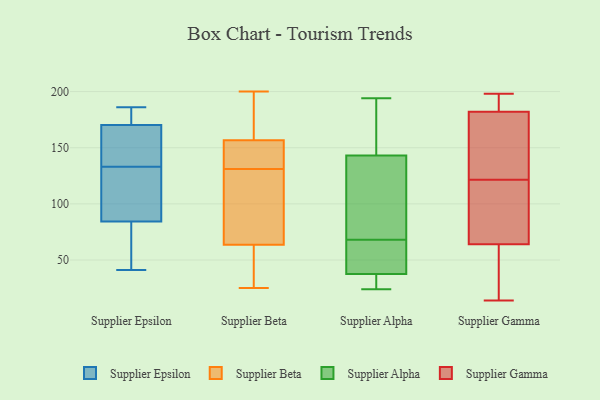
{"axis": {"x": "Net Income (USD K)", "y": "Value"}, "legend": ["Supplier Alpha", "Supplier Beta", "Supplier Epsilon", "Supplier Gamma"], "data": [{"x": "", "y": 115, "type": "Supplier Epsilon"}, {"x": "", "y": 85, "type": "Supplier Epsilon"}, {"x": "", "y": 146, "type": "Supplier Epsilon"}, {"x": "", "y": 140, "type": "Supplier Epsilon"}, {"x": "", "y": 186, "type": "Supplier Epsilon"}, {"x": "", "y": 171, "type": "Supplier Epsilon"}, {"x": "", "y": 133, "type": "Supplier Epsilon"}, {"x": "", "y": 67, "type": "Supplier Epsilon"}, {"x": "", "y": 82, "type": "Supplier Epsilon"}, {"x": "", "y": 133, "type": "Supplier Epsilon"}, {"x": "", "y": 185, "type": "Supplier Epsilon"}, {"x": "", "y": 170, "type": "Supplier Epsilon"}, {"x": "", "y": 41, "type": "Supplier Epsilon"}, {"x": "", "y": 188, "type": "Supplier Beta"}, {"x": "", "y": 129, "type": "Supplier Beta"}, {"x": "", "y": 200, "type": "Supplier Beta"}, {"x": "", "y": 65, "type": "Supplier Beta"}, {"x": "", "y": 44, "type": "Supplier Beta"}, {"x": "", "y": 66, "type": "Supplier Beta"}, {"x": "", "y": 136, "type": "Supplier Beta"}, {"x": "", "y": 131, "type": "Supplier Beta"}, {"x": "", "y": 176, "type": "Supplier Beta"}, {"x": "", "y": 30, "type": "Supplier Beta"}, {"x": "", "y": 131, "type": "Supplier Beta"}, {"x": "", "y": 141, "type": "Supplier Beta"}, {"x": "", "y": 63, "type": "Supplier Beta"}, {"x": "", "y": 25, "type": "Supplier Beta"}, {"x": "", "y": 139, "type": "Supplier Beta"}, {"x": "", "y": 58, "type": "Supplier Beta"}, {"x": "", "y": 162, "type": "Supplier Beta"}, {"x": "", "y": 181, "type": "Supplier Beta"}, {"x": "", "y": 141, "type": "Supplier Beta"}, {"x": "", "y": 24, "type": "Supplier Alpha"}, {"x": "", "y": 142, "type": "Supplier Alpha"}, {"x": "", "y": 103, "type": "Supplier Alpha"}, {"x": "", "y": 68, "type": "Supplier Alpha"}, {"x": "", "y": 39, "type": "Supplier Alpha"}, {"x": "", "y": 194, "type": "Supplier Alpha"}, {"x": "", "y": 146, "type": "Supplier Alpha"}, {"x": "", "y": 55, "type": "Supplier Alpha"}, {"x": "", "y": 177, "type": "Supplier Alpha"}, {"x": "", "y": 153, "type": "Supplier Alpha"}, {"x": "", "y": 60, "type": "Supplier Alpha"}, {"x": "", "y": 33, "type": "Supplier Alpha"}, {"x": "", "y": 31, "type": "Supplier Alpha"}, {"x": "", "y": 55, "type": "Supplier Alpha"}, {"x": "", "y": 106, "type": "Supplier Alpha"}, {"x": "", "y": 72, "type": "Supplier Alpha"}, {"x": "", "y": 26, "type": "Supplier Alpha"}, {"x": "", "y": 180, "type": "Supplier Gamma"}, {"x": "", "y": 189, "type": "Supplier Gamma"}, {"x": "", "y": 198, "type": "Supplier Gamma"}, {"x": "", "y": 126, "type": "Supplier Gamma"}, {"x": "", "y": 64, "type": "Supplier Gamma"}, {"x": "", "y": 83, "type": "Supplier Gamma"}, {"x": "", "y": 52, "type": "Supplier Gamma"}, {"x": "", "y": 182, "type": "Supplier Gamma"}, {"x": "", "y": 117, "type": "Supplier Gamma"}, {"x": "", "y": 14, "type": "Supplier Gamma"}]}